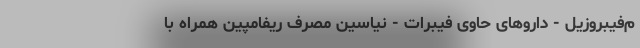
م‌فیبروزیل - داروهای حاوی فیبرات - نیاسین مصرف ریفامپین همراه با